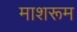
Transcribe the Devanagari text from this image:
माशरूम